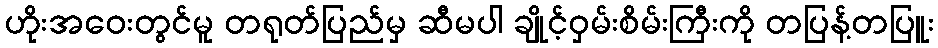
ဟိုးအဝေးတွင်မူ တရုတ်ပြည်မှ ဆီမပါ ချိုင့်ဝှမ်းစိမ်းကြီးကို တပြန့်တပြူး